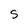
Character: s